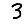
Digit: 3